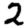
Digit: 2